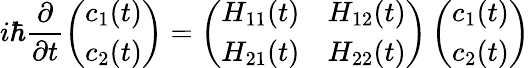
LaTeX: i\hbar\frac{\partial}{\partial t}\left(\begin{array}{l}{c_{1}(t)}\\ {c_{2}(t)}\end{array}\right)=\left(\begin{array}{ll}{H_{11}(t)}&{H_{12}(t)}\\ {H_{21}(t)}&{H_{22}(t)}\end{array}\right)\left(\begin{array}{l}{c_{1}(t)}\\ {c_{2}(t)}\end{array}\right)